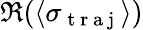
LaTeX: \Re(\langle\sigma_{\mathrm{~t~r~a~j~}}\rangle)